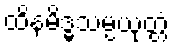
ထိနမိဒ္ဓသမ္ပယုတ္တံ